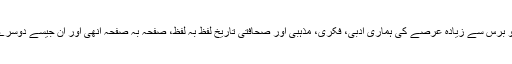
جبکہ میرا خیال ہے کہ پچھلے ڈیڑھ سو برس سے زیادہ عرصے کی ہماری ادبی، فکری، مذہبی اور صحافتی تاریخ لفظ بہ لفظ، صفحہ بہ صفحہ انھی اور ان جیسے دوسرے رسالوں کے ذریعے مرتب ہوئی ہے۔